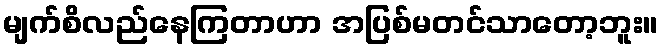
မျက်စိလည်နေကြတာဟာ အပြစ်မတင်သာတော့ဘူး။